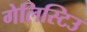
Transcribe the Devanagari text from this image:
गेलिस्टिउ